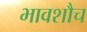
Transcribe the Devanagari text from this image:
भावशौच